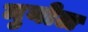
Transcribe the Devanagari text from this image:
मुयोल